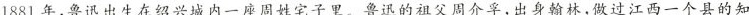
1881年,鲁迅出生在绍兴城内一座周姓宅子里。鲁迅的祖父周介孚,出身翰林,做过江西一个县的知